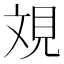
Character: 𣁐